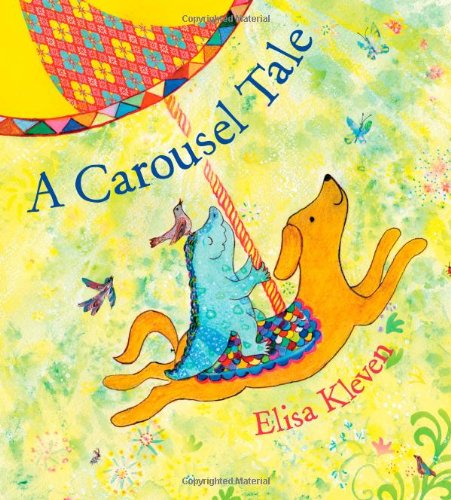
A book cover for A Carousel Tale; Elisa Kleven; Children's Books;